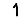
Digit: 1